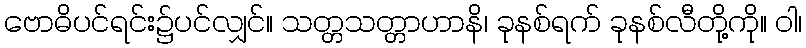
ဗောဓိပင်ရင်း၌ပင်လျှင်။ သတ္တသတ္တာဟာနိ၊ ခုနစ်ရက် ခုနစ်လီတို့ကို။ ဝါ၊